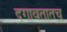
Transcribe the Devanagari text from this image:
दगावतातच